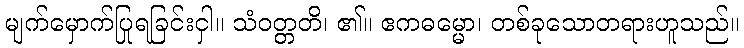
မျက်မှောက်ပြုရခြင်းငှါ။ သံဝတ္တတိ၊ ၏။ ဧကဓမ္မော၊ တစ်ခုသောတရားဟူသည်။